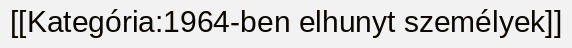
[[Kategória:1964-ben elhunyt személyek]]